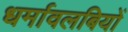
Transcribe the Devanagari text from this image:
धर्मावलबियों